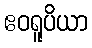
ဧဝရူပိယာ